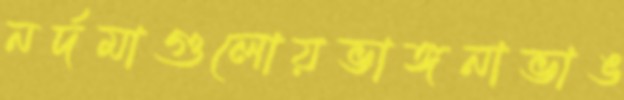
নর্দমাগুলোয়ভাঙ্গনাভাঙ